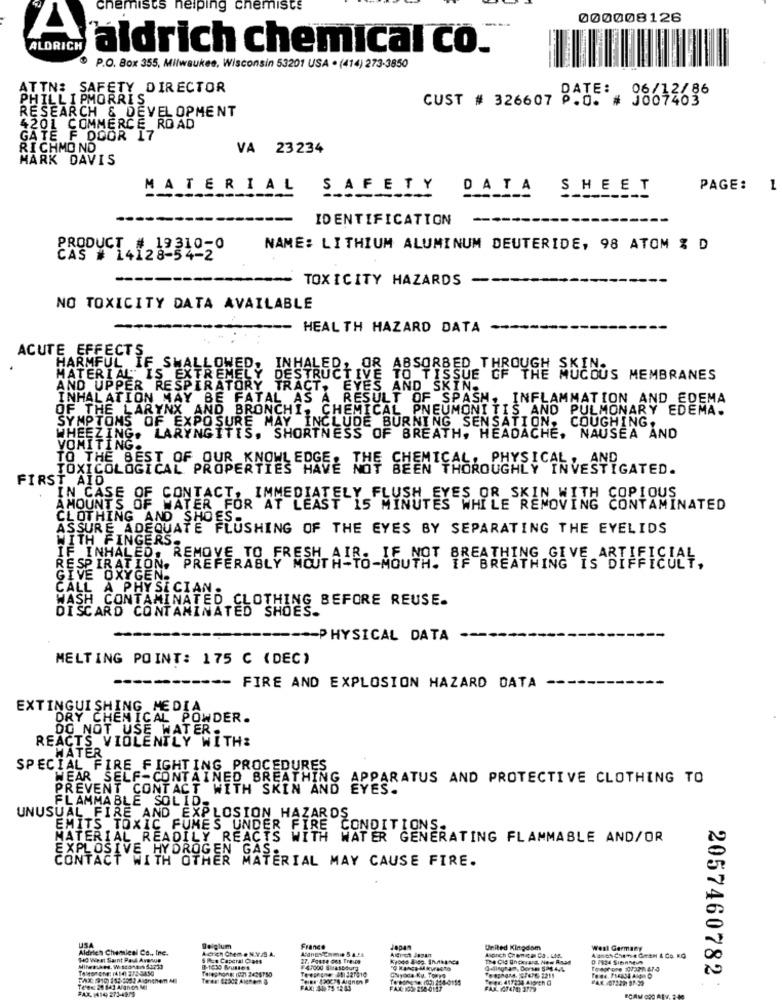
chemists helping chemists
000008126
A
ALDRICH
aldrich chemical co.
P.O. Box 355, Milwaukee, Wisconsin 53201 USA . (414) 273-3850
ATTN: SAFETY DIRECTOR
DATE:
06/12/86
PHILLIPMORRIS
CUST # 326607 P.O. # J007403
RESEARCH & DEVELOPMENT
4201 COMMERCE_ROAD
GATE F DOOR 17
RICHMOND
VA 23 234
MARK DAVIS
MATERIAL
SAFETY DATA SHEET
PAGE:
1
-----------
-
IDENTIFICATION
PRODUCT # 19310-0
NAME: LITHIUM ALUMINUM DEUTERIDE, 98 ATOM % D
CAS # 14128-54-2
-----------------
TOXICITY HAZARDS
NO TOXICITY DATA AVAILABLE
--- HEALTH HAZARD DATA
---
ACUTE EFFECTS
HARMFUL IF SWALLOWED, INHALED, OR ABSORBED THROUGH SUCCUS MEMBRANES
MATERIAL ISE
XTREMELY DESTRUCTIVE
AND UPPER RESPIRATORY TRACT, EYES AND SKIN.
INHALATION MAY BE FATAL AS A RESULT OF SPASM, INFLAMMATION AND EDEMA
OF THE LARYNX AND BRONCHI, CHEMICAL PNEUMONITIS AND PULMONARY EDEMA.
SYMPTOMS OF EXPOSURE MAY
INCLUDE BURNING SENSATION, COUGHING.
HEEZING. LARYNGITIS, SHORTNESS OF BREATH, HEADACHE, NAUSEA AND
VOMITING.
TOXICOLOGICAL PROPERTIES
TO THE BEST OF OUR KNOWLEDGEE TOE SEEN THOROUGHLY INVESTIGATED.
FIRST AID
IN CASE OF CONTACT, IMMEDIATELY FLUSH EYES OR SKIN WITH COPIOUS
AMOUNTS OF WATER FOR AT LEAST 15 MINUTES WHILE REMOVING CONTAMINATED
CLOTHING AND SHO
ASSURE ADEQUATE FLUSHING OF THE EYES BY SEPARATING THE EYELIDS
WITH FINGERS.
IF INHALED, REMOVE TO FRESH AIR. IF NOT BREATHING GIVE ARTIFICIAL
RESPIRATION. PREFERABLY
GIVE OXYGEN.
CALL A PHYSICIAN.
WASH CONTAMINATED CL
DISCARD CONTAMINATED SHOES
ING BEFORE REUSE.
----- ---
----- PHYSICAL DATA
MELTING POINT: 175 C (DEC)
----------- FIRE AND EXPLOSION HAZARD DATA
EXTINGUISHING MEDIA
DRY CHEMICAL POWDER.
DO NOT USE WATER.
REACTS VIOLENTLY WITH:
WATER
SPECIAL FIRE FIGHTING_PROCEDURES
WEAR _SELF-CONTAINED BREATHING APPARATUS AND PROTECTIVE CLOTHING TO
PREVENT CONTACT WITH SKIN AND EYES.
FLAMMABLE SOLID.
UNUSUAL FIRE AND EXPLOSION HAZARDS
EMITS TOXIC FUMES UNDER FIRE CONDITIONS.
MATERIAL READILY REACTS WITH WATER GENERATING FLAMMABLE AND/OR
EXPLOSIVE HYDROGEN GAS.
CONTACT WITH OTHER MATERIAL MAY CAUSE FIRE.
Aldrich Chemical Co ., Inc.
USA
Belgium
France
AdresCome 5 4.54
Arch Japan
Japan
United Kingdom
West Germany
140 Viest Saint Paul Avenue
5 Pce Caperal Dans
27. Foste dos Treset
March Cronica Co. LA.
Agnes Chene Geen & Co. KG
F47000 Strasbourg
2057460782
FAX: 910) 155-8052 Anche MI
fale; hong: (02) 2428750
Test 20 141 Alanon MI
FAX (414) 273-4979
FAX: 44
FAX: 100 250-0117